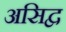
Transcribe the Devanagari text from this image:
असिद्व